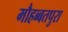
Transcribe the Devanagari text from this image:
मौहब्बतपुरा